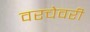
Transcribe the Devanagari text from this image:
वरचेवरी